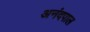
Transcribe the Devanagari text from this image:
अनंदपाल